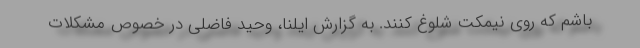
باشم که روی نیمکت شلوغ کنند. به گزارش ایلنا، وحید فاضلی در خصوص مشکلات